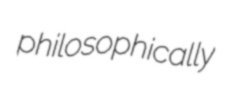
philosophically